Insane asylums Bombay 1873-77 - 1873-1877
Year: 1873
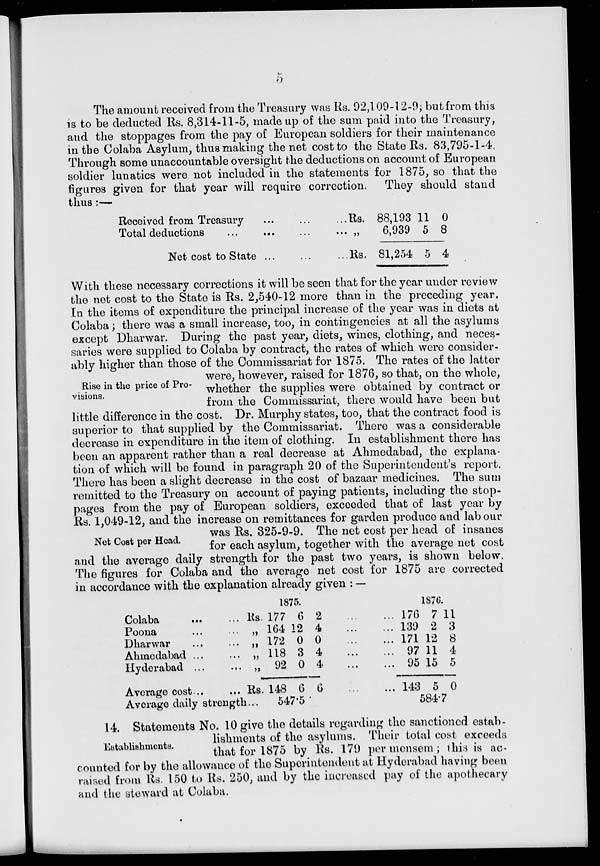
5
The amount received from the Treasury was Rs. 92,109-12-9; but from this
is to be deducted Rs. 8,314-11-5, made up of the sum paid into the Treasury,
and the stoppages from the pay of European soldiers for their maintenance
in the Colaba Asylum, thus making the net cost to the State Rs. 83,795-1-4.
Through some unaccountable oversight the deductions on account of European
soldier lunatics were not included in the statements for 1875, so that the
figures given for that year will require correction. They should stand
thus :—
Received from Treasury ... ... ...
Total deductions ... ... ... ...
Net cost to State ...
Rs.
''
Rs.
88,193
6,939
81,254
11
5
5
0
8
4
Rise in the price of Pro-
visions.
With these necessary corrections it will be seen that for the year under review
the net cost to the State is Rs. 2,540-12 more than in the preceding year.
In the items of expenditure the principal increase of the year was in diets at
Colaba; there was a small increase, too, in contingencies at all the asylums
except Dharwar. During the past year, diets, wines, clothing, and neces-
saries were supplied to Colaba by contract, the rates of which were consider-
ably higher than those of the Commissariat for 1875. The rates of the latter
were, however, raised for 1876, so that, on the whole,
whether the supplies were obtained by contract or
from the Commissariat, there would have been but
little difference in the cost. Dr. Murphy states, too, that the contract food is
superior to that supplied by the Commissariat. There was a considerable
decrease in expenditure in the item of clothing. In establishment there has
been an apparent rather than a real decrease at Ahmedabad, the explana-
tion of which will be found in paragraph 20 of the Superintendent's report.
There has been a slight decrease in the cost of bazaar medicines. The sum
remitted to the Treasury on account of paying patients, including the stop-
pages from the pay of European soldiers, exceeded that of last year by
Rs. 1,049-12, and the increase on remittances for garden produce and labour
Net Cost per Head.
was Rs. 325-9-9. The net cost per head of insanes
for each asylum, together with the average net cost
and the average daily strength for the past two years , is shown below.
The figures for Colaba and the average net cost for 1875 are corrected
in accordance with the explanation already given : —
Colaba ... ...
Poona ... ...
Dharwar ... ...
Ahmedabad ... ...
Hyderabad ... ...
Average cost ... ...
Average daily strength ...
1875.
Rs. 177
„ 164
„ 172
„ 118
„ 92
Rs. 148
6
12
0
3
0
6
547.5
2
...
...
4
...
...
0
...
...
4
...
...
4
...
...
6 ... ...
1876.
176
139
171
97
95
143
7
2
12
11
15
5
11
3
8
4
5
0
584.7
Establishments.
14. Statements No. 10 give the details regarding the sanctioned estab-
lishments of the asylums. Their total cost exceeds
that for 1875 by Rs. 179 per mensem; this is ac-
counted for by the allowance of the Superintendent at Hyderabad having been
raised from Rs. 150 to Rs. 250, and by the increased pay of the apothecary
and the steward at Colaba.